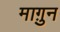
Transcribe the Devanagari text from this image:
माग़ुन